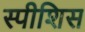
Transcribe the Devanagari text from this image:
स्पीशिस